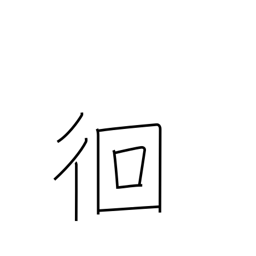
Meaning: wandering